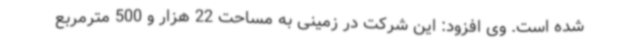
شده است. وی افزود: این شرکت در زمینی به مساحت 22 هزار و 500 مترمربع